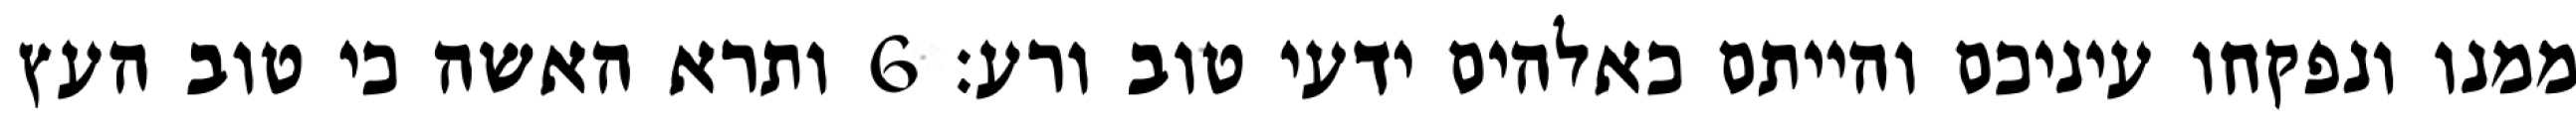
ממנו ונפקחו עיניכם והייתם כאלהים ידעי טוב ורע׃ ‎6‏ ותרא האשה כי טוב העץ